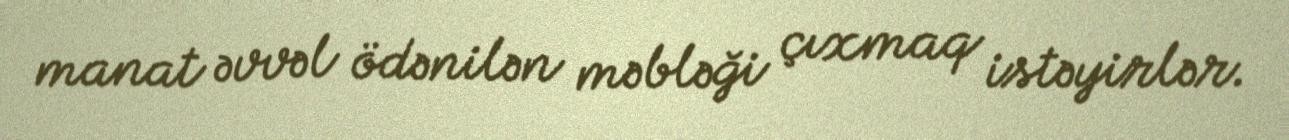
manat əvvəl ödənilən məbləği çıxmaq istəyirlər.